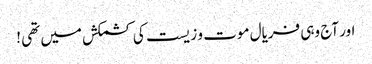
اور آج وہی فریال موت و زیست کی کشمکش میں تھی !